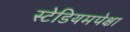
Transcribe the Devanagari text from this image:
स्टेडियमपेक्षा